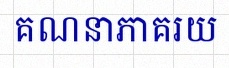
គណនាភាគរយ